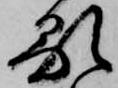
顕